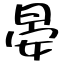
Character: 晏